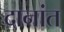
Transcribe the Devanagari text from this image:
दानांत